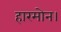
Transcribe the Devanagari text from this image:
हारमोन।